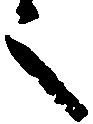
之